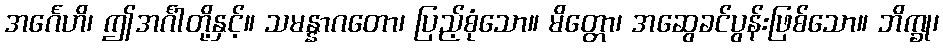
အင်္ဂေဟိ၊ ဤအင်္ဂါတို့နှင့်။ သမန္နာဂတော၊ ပြည့်စုံသော။ မိတ္တော၊ အဆွေခင်ပွန်းဖြစ်သော။ ဘိက္ခု၊